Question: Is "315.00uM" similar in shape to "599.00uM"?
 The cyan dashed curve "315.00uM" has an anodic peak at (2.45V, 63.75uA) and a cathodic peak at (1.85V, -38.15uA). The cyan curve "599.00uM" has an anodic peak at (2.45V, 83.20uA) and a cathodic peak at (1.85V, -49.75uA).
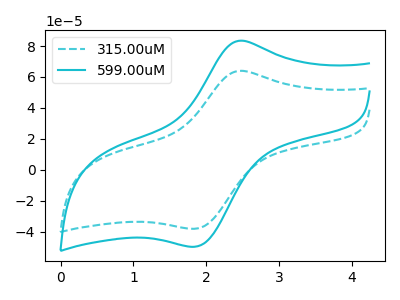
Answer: <think>All the peaks in "315.00uM" have a peak in "599.00uM" at the same potential. Every peak in "315.00uM" is lower than every peak in "599.00uM".
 </think>
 <answer>"315.00uM" and "599.00uM" are similar in shape.</answer>
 <eval>same_shape</eval>